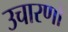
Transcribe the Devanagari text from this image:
उचारणों